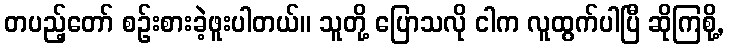
တပည့်တော် စဉ်းစားခဲ့ဖူးပါတယ်။ သူတို့ ပြောသလို ငါက လူထွက်ပါပြီ ဆိုကြစို့,